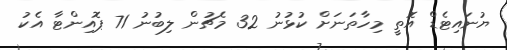
ޔުނައިޓެޑް އޮތީ މިހާތަނަށް ކުޅުނު 32 މެޗުން ލިބުނު 71 ޕޮއިންޓާ އެކު